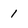
Character: 1